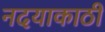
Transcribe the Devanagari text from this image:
नदयाकाठी